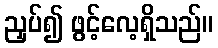
ညှပ်၍ ဖွင့်လေ့ရှိသည်။